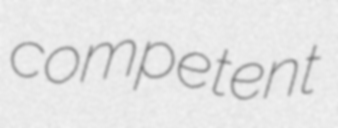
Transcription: competent